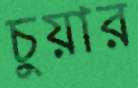
চুয়ার